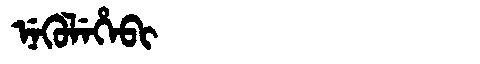
Manchu: ᠨᡝᡴᡠᠯᡝᡥᡝᠪᡳ
Romanization: NEKULEHEBI